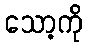
သော့ကို